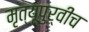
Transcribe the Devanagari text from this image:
मृत्यूपुर्वीच